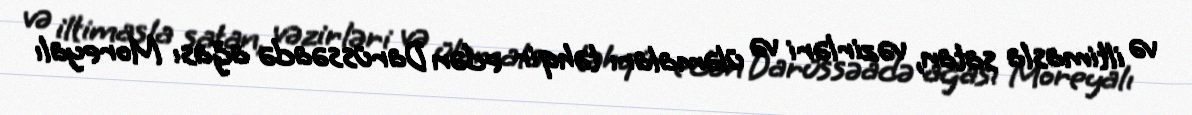
və iltimasla satan, vəzirləri və üləmaları təhqir edən Darüssəadə ağası Moreyalı